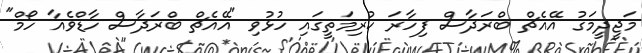
މަޖީދީމަގު އޭއެޗް ބްރަދާސް ފިހާރަ ކުރިމަތީގައި ހުޅުވި "އޭއެޗް ބްރަދާސް ހާޑްވެއާ ހޯމް"